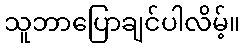
သူဘာပြောချင်ပါလိမ့်။